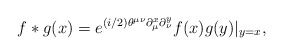
\begin{align*}f*g(x)=e^{(i/2)\theta^{\mu\nu}\partial^{x}_{\mu}\partial^{y}_{\nu}} f(x)g(y)|_{y=x},\end{align*}